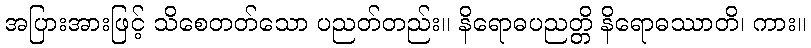
အပြားအားဖြင့် သိစေတတ်သော ပညတ်တည်း။ နိရောဓပညတ္တိ နိရောဓဿာတိ၊ ကား။